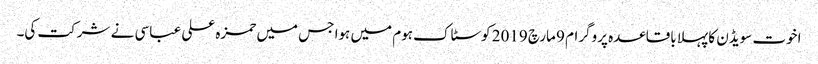
اخوت سویڈن کا پہلا باقاعدہ پروگرام 9 مارچ 2019 کوسٹاک ہوم میں ہوا جس میں حمزہ علی عباسی نے شرکت کی۔